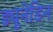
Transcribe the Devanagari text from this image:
ड्यूनेडिन